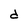
Character: d